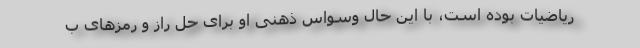
ریاضیات بوده است، با این حال وسواس ذهنی او برای حل راز و رمزهای ب